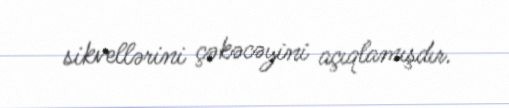
sikvellərini çəkəcəyini açıqlamışdır.